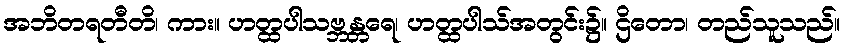
အဘိတရတီတိ၊ ကား။ ဟတ္ထပါသဗ္ဘန္တရေ၊ ဟတ္ထပါသ်အတွင်း၌။ ဌိတော၊ တည်သူသည်။